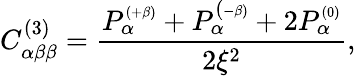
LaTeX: C_{\alpha\beta\beta}^{(3)}=\frac{P_{\alpha}^{\scriptscriptstyle{(+\beta)}}+P_{\alpha}^{(\scriptscriptstyle{-\beta)}}+2P_{\alpha}^{\scriptscriptstyle{(0)}}}{2\xi^{2}},